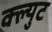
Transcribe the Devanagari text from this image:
क्ल्युट